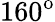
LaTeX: \textup{160}^{\textup{o}}